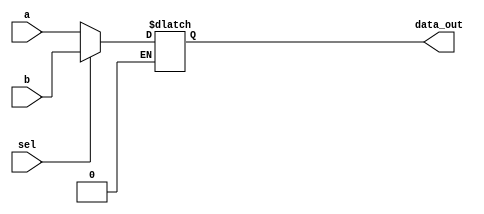
module mux2_1
  (input [63:0] a,b,
   input sel,
   output reg [63:0] data_out);
  reg [63:0] n;
  always@* begin
    if (sel == 0)
      n = a;
    else if (sel ==1)
      n = b;
  end
  assign data_out = n;
endmodule